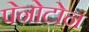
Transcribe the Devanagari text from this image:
पेनोटोन